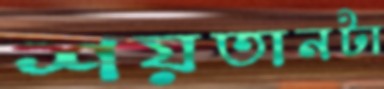
শয়তানটা